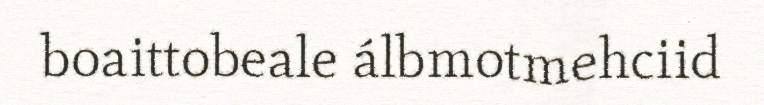
boaittobeale álbmotmehciid